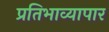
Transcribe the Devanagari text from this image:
प्रतिभाव्यापार